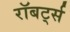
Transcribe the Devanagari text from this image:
रॉबर्ट्‍स